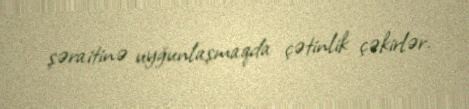
şəraitinə uyğunlaşmaqda çətinlik çəkirlər.